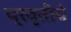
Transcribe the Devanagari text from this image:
प्रवृतीचे